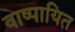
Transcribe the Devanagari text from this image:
वाष्पायित